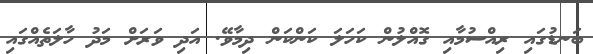
ބަނޑުގައި ރިއްސުމާއި ގޮއްލުން ކަހަލަ ކަންކަން ދިމާވޭ. އަދި ވަރަށް މަދު ހާލަތެއްގައި